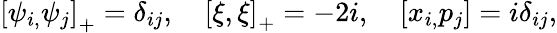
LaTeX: \left[\psi_{i,}\psi_{j}\right]_{+}=\delta_{ij},\quad\left[\xi,\xi\right]_{+}=-2i,\quad\left[x_{i,}p_{j}\right]=i\delta_{ij},